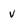
Character: v